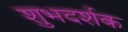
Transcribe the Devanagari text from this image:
शुभदर्शक